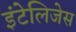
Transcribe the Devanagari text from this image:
इंटेलिजेस